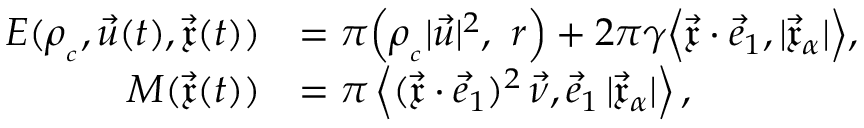
\begin{array} { r l } { E ( \rho _ { _ c } , \vec { u } ( t ) , \vec { \mathfrak { x } } ( t ) ) } & { = \pi \Bigl ( \rho _ { _ c } | \vec { u } | ^ { 2 } , ~ r \Bigr ) + 2 \pi \gamma \Big \langle \vec { \mathfrak { x } } \cdot \vec { e } _ { 1 } , | \vec { \mathfrak { x } } _ { \alpha } | \Big \rangle , } \\ { M ( \vec { \mathfrak { x } } ( t ) ) } & { = \pi \left\langle ( \vec { \mathfrak { x } } \cdot \vec { e } _ { 1 } ) ^ { 2 } \, \vec { \nu } , \vec { e } _ { 1 } \, | \vec { \mathfrak { x } } _ { \alpha } | \right\rangle , } \end{array}